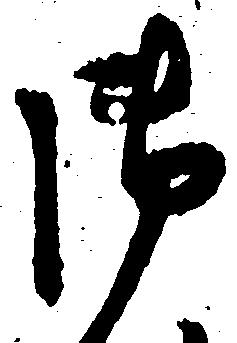
御